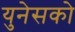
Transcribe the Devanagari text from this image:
युनेसको